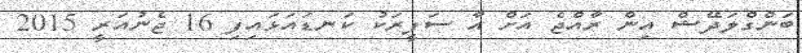
ބަންގްލަދޭޝް އިން ރާއްޖެ އަށް އާ ސަފީރަކު ކަނޑައަޅައިފި 16 ޖެނުއަރީ 2015